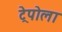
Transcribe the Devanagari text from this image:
ट्रेपोला